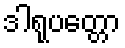
ဒါရုပတ္တော